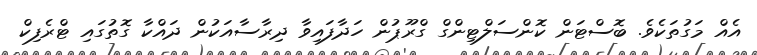
އެއް މަގުތަކެވެ. ބޮސްޓަން ކޮންސަލްޓިންގް ގްރޫޕުން ހަދާފައިވާ ދިރާސާއަކުން ދައްކާ ގޮތުގައި ޓްރެފިކް